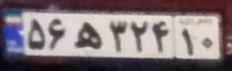
۵۶ه۳۲۴۱۰